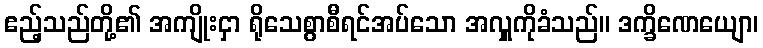
ဧည့်သည်တို့၏ အကျိုးငှာ ရိုသေစွာစီရင်အပ်သော အလှူကိုခံသည်။ ဒက္ခိဏေယျော၊